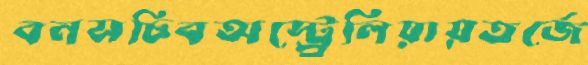
বনসচিবঅস্ট্র্রেলিয়ায়তর্জে